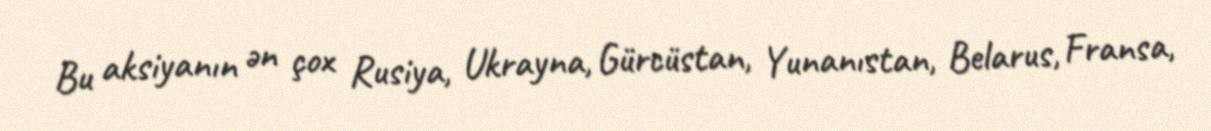
Bu aksiyanın ən çox Rusiya, Ukrayna, Gürcüstan, Yunanıstan, Belarus, Fransa,